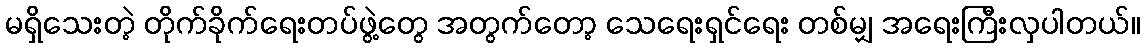
မရှိသေးတဲ့ တိုက်ခိုက်ရေးတပ်ဖွဲ့တွေ အတွက်တော့ သေရေးရှင်ရေး တစ်မျှ အရေးကြီးလှပါတယ်။